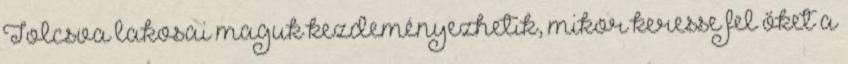
Tolcsva lakosai maguk kezdeményezhetik, mikor keresse fel őket a